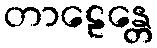
တာဠေန္တေ